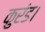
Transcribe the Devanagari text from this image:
कुरंड।